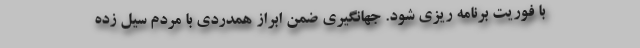
با فوریت برنامه ریزی شود. جهانگیری ضمن ابراز همدردی با مردم سیل زده